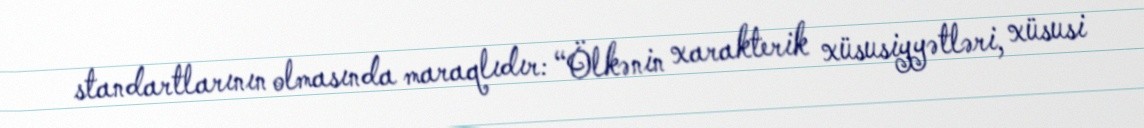
standartlarının olmasında maraqlıdır: “Ölkənin xarakterik xüsusiyyətləri, xüsusi